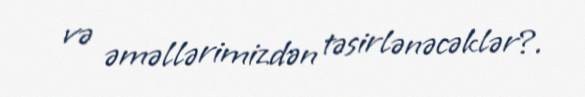
və əməllərimizdən təsirlənəcəklər?.